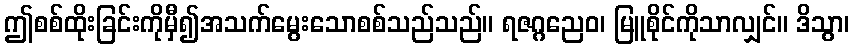
ဤစစ်ထိုးခြင်းကိုမှီ၍အသက်မွေးသောစစ်သည်သည်။ ရဇဂ္ဂညေဝ၊ မြူစိုင်ကိုသာလျှင်။ ဒိသွာ၊